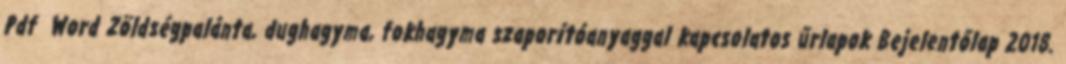
Pdf Word Zöldségpalánta, dughagyma, fokhagyma szaporítóanyaggal kapcsolatos űrlapok Bejelentőlap 2018.